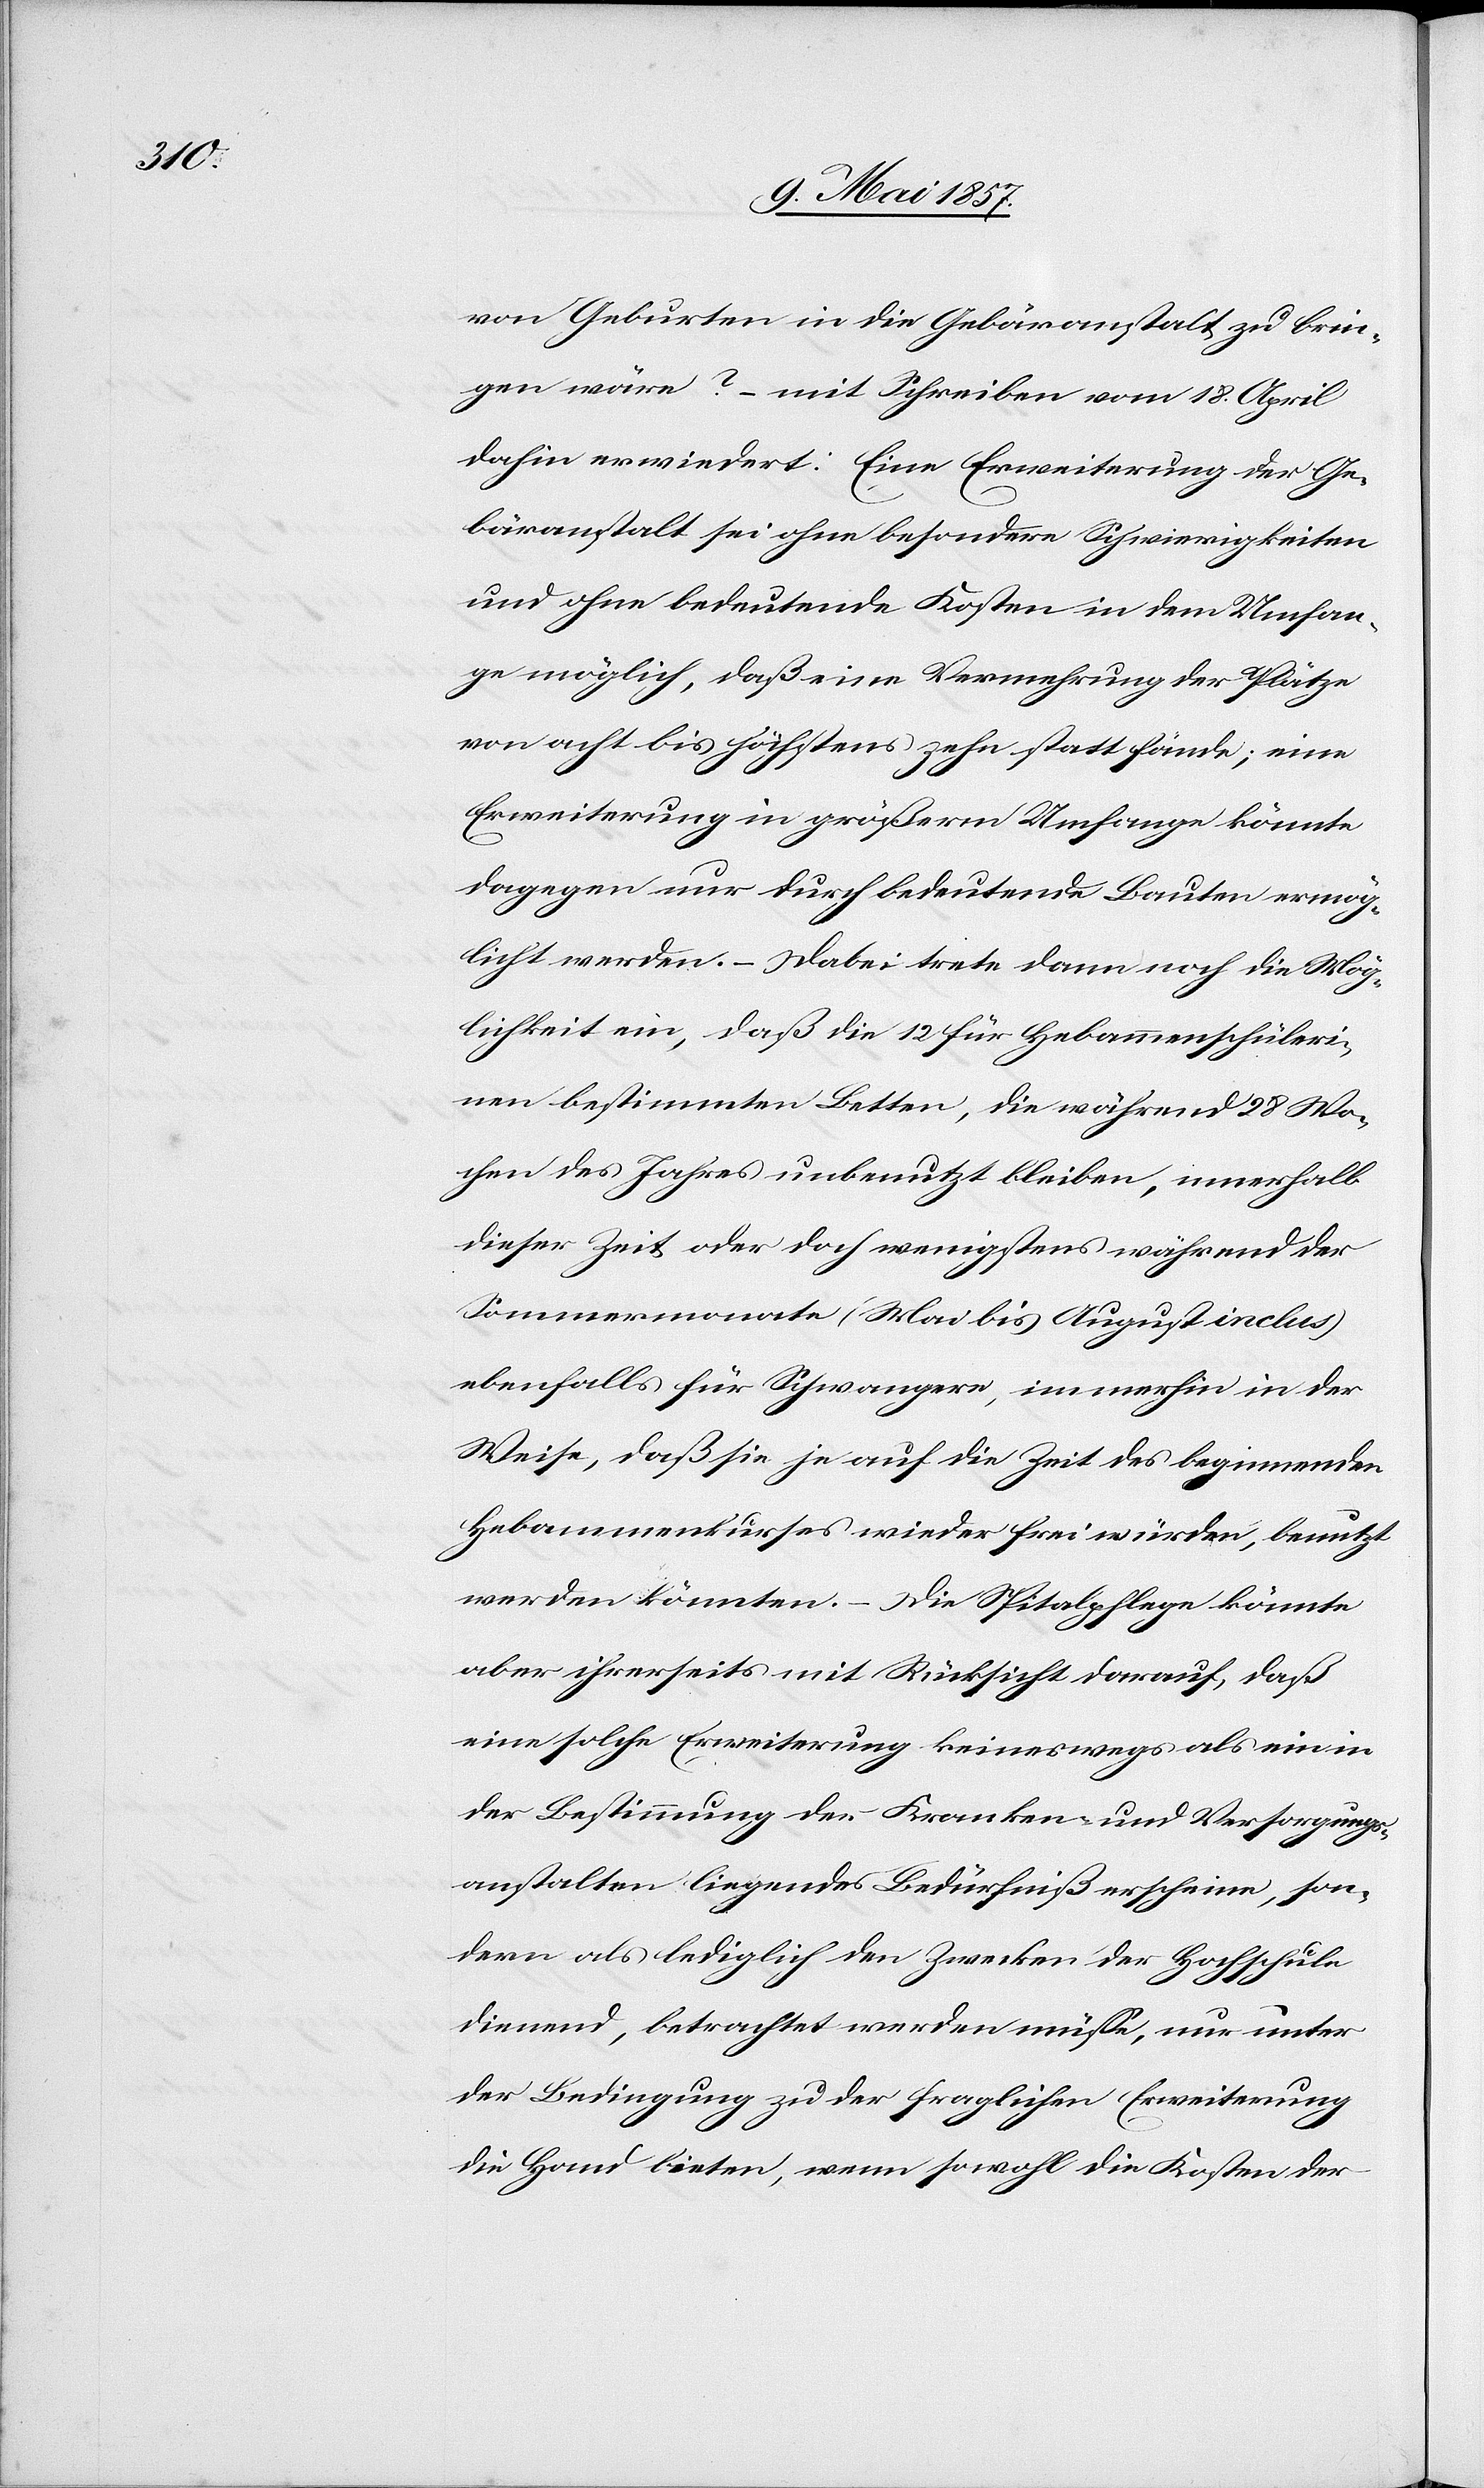
von Geburten in die Gebäranstalt zu brin¬
gen wäre? – mit Schreiben vom 18 April
dahin erwiedert: Eine Erweiterung der Ge¬
bäranstalt sei ohne besondere Schwierigkeiten
und ohne bedeutende Kosten in dem Umfan¬
ge möglich, daß eine Vermehrung der Plätze
von acht bis höchstens zehn statt fände; eine
Erweiterung in größerm Umfange könnte
dagegen nur durch bedeutende Bauten ermög¬
licht werden. – Dabei trete dann noch die Mög¬
lichkeit ein, daß die 12 für Hebammenschüleri¬
nen bestimmten Betten, die während 28 Wo¬
chen des Jahres unbenutzt bleiben, innerhalb
dieser Zeit oder doch wenigstens während der
Sommermonate (Mai bis August inclus)
ebenfalls für Schwangere, immerhin in der
Weise, daß sie je auf die Zeit des beginnenden
Hebammenkurses wieder frei würden, benutzt
werden könnten. – Die Spitalpflege könnte
aber ihrerseits mit Rücksicht darauf, daß
eine solche Erweiterung keineswegs als ein in
der Bestimmung der Kranken[-] und Versorgungs¬
anstalten liegendes Bedürfniß erscheine, son¬
dern als lediglich den Zwecken der Hochschule
dienend, betrachtet werden müsse, nur unter
der Bedingung zu der fraglichen Erweiterung
die Hand bieten, wenn sowohl die Kosten der